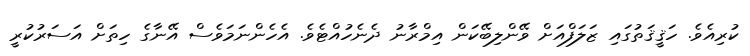
ކުރިއެވެ. ހަޤީޤަތުގައި ޒަލަފްއަށް ވޭންލިބޭކަން އިމްރާނު ދެނެހުއްޓެވެ. އެހެންނަމަވެސް އޭނާގެ ހިތަށް އަސަރުކުރީ